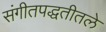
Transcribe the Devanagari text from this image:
संगीतपद्धतीतले